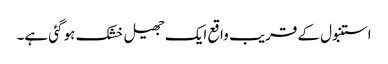
استنبول کے قریب واقع ایک جھیل خشک ہو گئی ہے۔